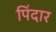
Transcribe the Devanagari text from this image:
पिंदार